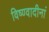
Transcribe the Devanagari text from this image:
विष्ण्वादीनां